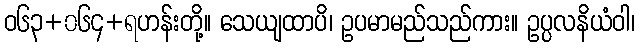
ဝ၆၃+၀၆၄+ရဟန်းတို့။ သေယျထာပိ၊ ဥပမာမည်သည်ကား။ ဥပ္ပလနိယံဝါ၊